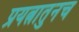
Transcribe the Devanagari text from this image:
प्रयत्नातुनच